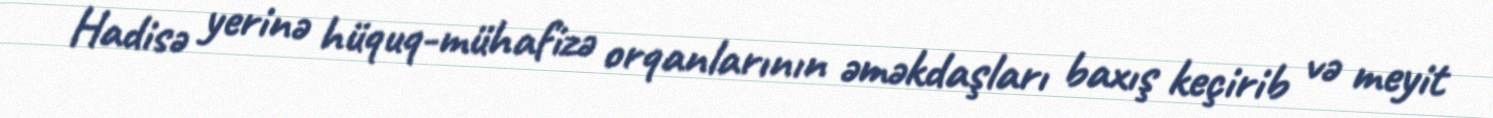
Hadisə yerinə hüquq-mühafizə orqanlarının əməkdaşları baxış keçirib və meyit